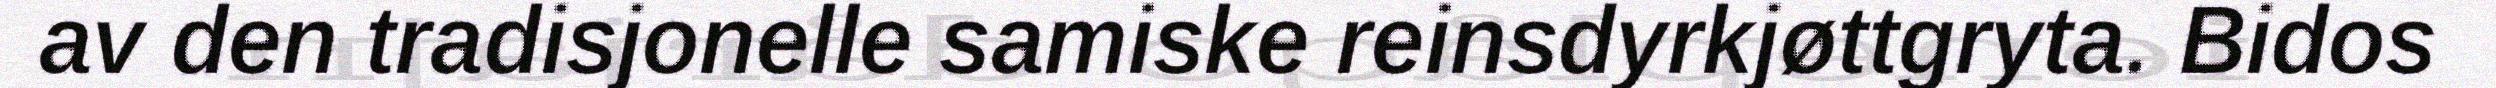
av den tradisjonelle samiske reinsdyrkjøttgryta. Bidos